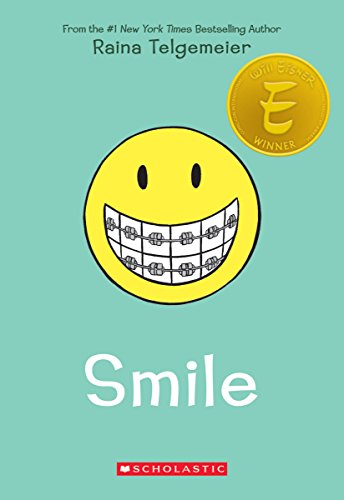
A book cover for Smile; Raina Telgemeier; Children's Books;